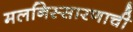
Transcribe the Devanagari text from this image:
मलनिस्सारणाची